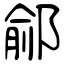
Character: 鄃